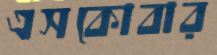
এসকোবার